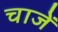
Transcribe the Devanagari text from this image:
चाजें